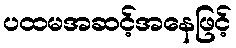
ပထမအဆင့်အနေဖြင့်